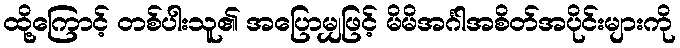
ထို့ကြောင့် တစ်ပါးသူ၏ အပြောမျှဖြင့် မိမိအင်္ဂါအစိတ်အပိုင်းများကို